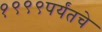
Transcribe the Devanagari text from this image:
१९९९पर्यंतचे